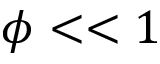
\phi < < 1